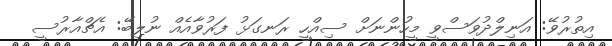
އިތުރުވޭ: އަނިލްދުވަސްވީ މީހުންނަށް ސިއްހީ ރަނގަޅު ފަރުވާއެއް ނުލިބޭ: އެޗްއާރުސީ